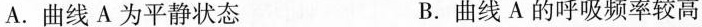
A.曲线A为平静状态 B.曲线A的呼吸频率较高